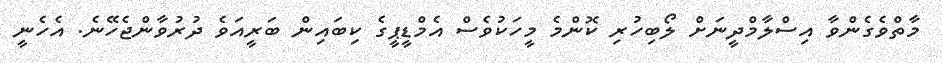
މާތްވެގެންވާ އިސްލާމްދީނަށް ލޯބިހުރި ކޮންމެ މީހަކުވެސް އެމްޑީޕީގެ ކިބައިން ބަރީއަވެ ދުރުވާންޖެހޭނެ. އެހެނީ